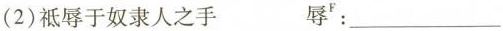
(2)祗辱于奴隶人之手 辱^{ F}：____